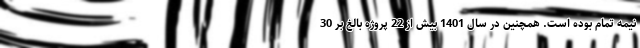
نیمه تمام بوده است. همچنین در سال 1401 بیش از 22 پروژه بالغ بر 30